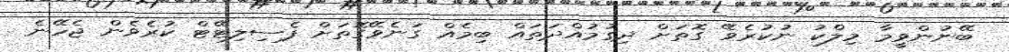
ބޭނުންވީމާ މިލްކު ނުކުރެވޭ ގޮތަށް ދިގުމުއްދަތައް ބިމެއް ގަނެވޭގޮތަށް ފެސިލިޓޭޓް ކުރެވެން ޖެހޭނެ